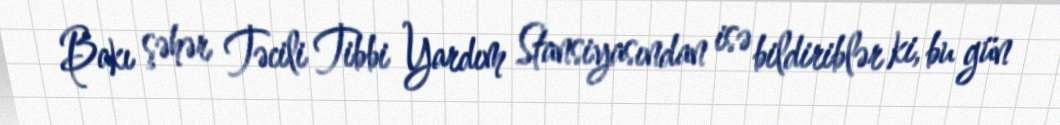
Bakı şəhər Təcili Tibbi Yardım Stansiyasından isə bildiriblər ki, bu gün